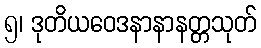
၅၊ ဒုတိယဝေဒနာနာနတ္တသုတ်